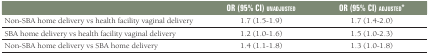
<table><thead><tr><td></td><td><b>OR (95% CI) unadjusted</b></td><td><b>OR (95% CI) adjusted*</b></td></tr></thead><tbody><tr><td>Non-SBA home delivery vs health facility vaginal delivery</td><td>1.7 (1.5-1.9)</td><td>1.7 (1.4-2.0)</td></tr><tr><td>SBA home delivery vs health facility vaginal delivery</td><td>1.2 (1.0-1.6)</td><td>1.5 (1.0-2.3)</td></tr><tr><td>Non-SBA home delivery vs SBA home delivery</td><td>1.4 (1.1-1.8)</td><td>1.3 (1.0-1.8)</td></tr></tbody></table>